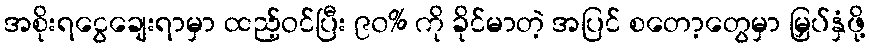
အစိုးရငွေချေးရာမှာ ထည့်ဝင်ပြီး ၉၀% ကို ခိုင်မာတဲ့ အပြင် စတော့တွေမှာ မြှပ်နှံဖို့